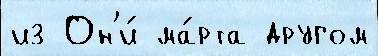
из Он'и́ ма́рта другом